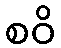
စဝိ